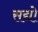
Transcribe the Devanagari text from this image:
सद्यो